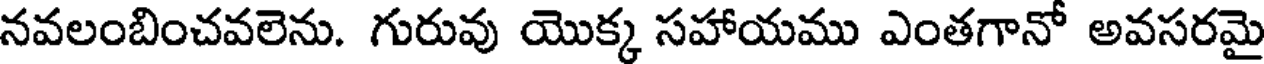
నవలంబించవలెను. గురువు యొక్క సహాయము ఎంతగానో అవసరమై